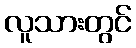
လူသားတွင်